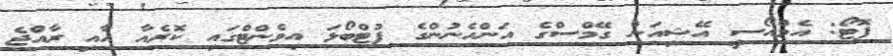
ފޮޓޯ: އެމްއޯސީ އޭޝިއަން ގޭމްސްގެ އަންހެނުންގެ ފުޓްބޯޅަ އިވެންޓްގައި ކޮރެއާ އާއި ރާއްޖެ